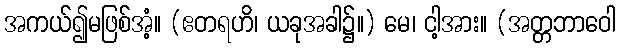
အကယ်၍မဖြစ်အံ့။ (ဧတရဟိ၊ ယခုအခါ၌။) မေ၊ ငါ့အား။ (အတ္တဘာဝေါ